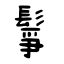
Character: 鬇